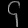
Digit: ၄